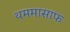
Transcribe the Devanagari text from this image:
थममासाफ